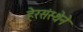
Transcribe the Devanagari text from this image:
हेरसंस्थेने